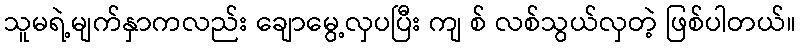
သူမရဲ့မျက်နှာကလည်း ချောမွေ့လှပပြီး ကျ စ် လစ်သွယ်လှတဲ့ ဖြစ်ပါတယ်။